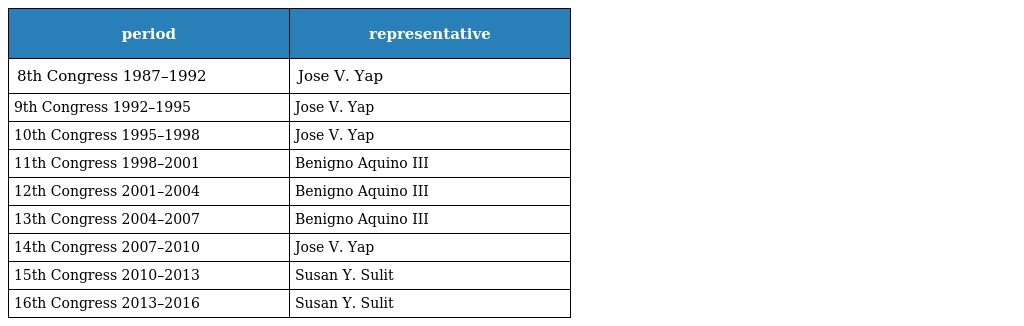
| period | representative |
 | --- | --- |
 | 8th Congress 1987–1992 | Jose V. Yap |
 | 9th Congress 1992–1995 | Jose V. Yap |
 | 10th Congress 1995–1998 | Jose V. Yap |
 | 11th Congress 1998–2001 | Benigno Aquino III |
 | 12th Congress 2001–2004 | Benigno Aquino III |
 | 13th Congress 2004–2007 | Benigno Aquino III |
 | 14th Congress 2007–2010 | Jose V. Yap |
 | 15th Congress 2010–2013 | Susan Y. Sulit |
 | 16th Congress 2013–2016 | Susan Y. Sulit |